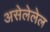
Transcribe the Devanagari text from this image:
असेलेलेल